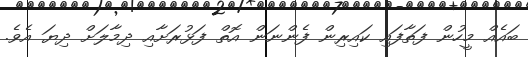
ބައެއް މީހުން ފަތާފައި ކައިރިން ފެންނަން އޮތް ފަޅުރަށާއި ދިމާލަށް ދިޔަ އެވެ.